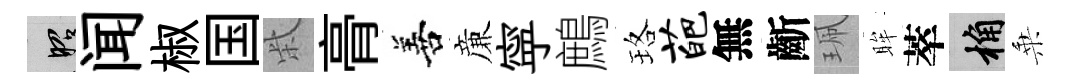
昭闻椒国柴𮌔善亷寜鷓珞葩無齗珮眸萃桷乗